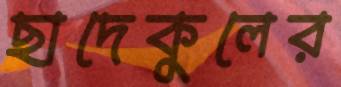
ছাদেকুলের